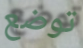
توضع